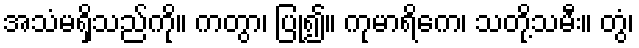
အသံမရှိသည်ကို။ ကတွာ၊ ပြု၍။ ကုမာရိကေ၊ သတို့သမီး။ တွံ၊